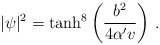
\begin{align*}\vert\psi\vert^2=\tanh^8 \left( \frac{b^2}{4\alpha' v} \right)\,.\end{align*}